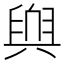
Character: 𮍬